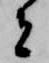
者